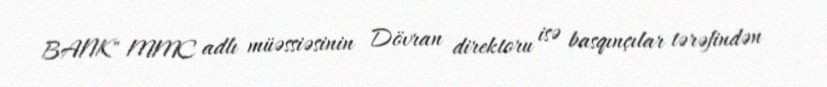
BANK" MMC adlı müəssiəsinin Dövran direktoru isə basqınçılar tərəfindən